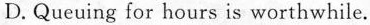
D. Queuing for hours is worthwhile.